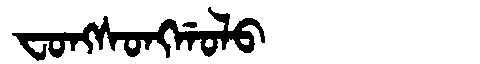
Manchu: ᠸᠣᠩᠰᠣᠩᡤᠣᠯᠣ
Romanization: FONGSONGGOLO